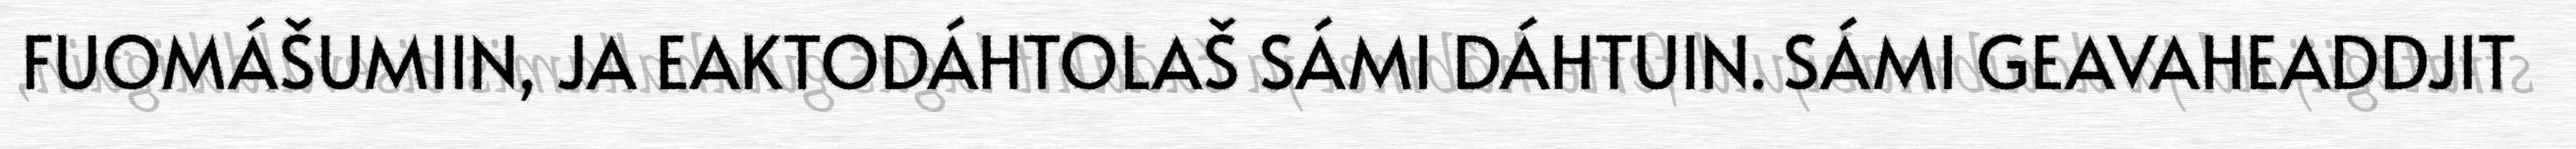
FUOMÁŠUMIIN, JA EAKTODÁHTOLAŠ SÁMI DÁHTUIN. SÁMI GEAVAHEADDJIT